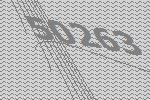
50263